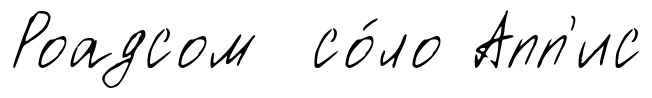
Роадсом со́ло Апп'ис